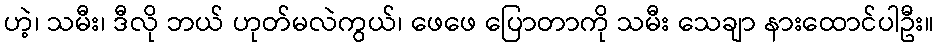
ဟဲ့၊ သမီး၊ ဒီလို ဘယ် ဟုတ်မလဲကွယ်၊ ဖေဖေ ပြောတာကို သမီး သေချာ နားထောင်ပါဦး။